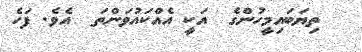
ތިޔަބައިމީހުންގެ  އަކީ އެއްކައުވަންތަ  އެވެ. ފަހެ